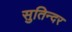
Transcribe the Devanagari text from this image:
सुतिन्दर